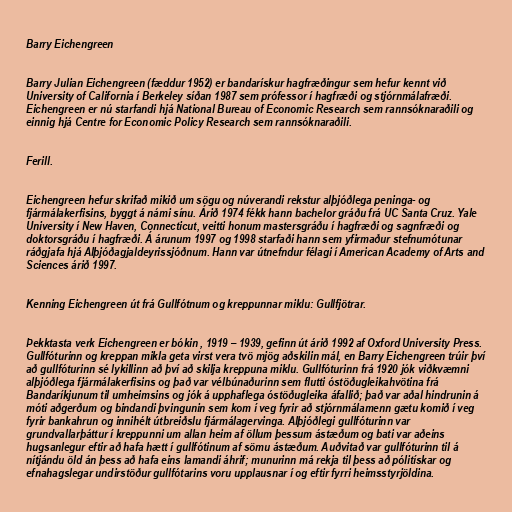
Barry Eichengreen

Barry Julian Eichengreen (fæddur 1952) er bandarískur hagfræðingur sem hefur kennt við
University of California í Berkeley síðan 1987 sem prófessor í hagfræði og stjórnmálafræði.
Eichengreen er nú starfandi hjá National Bureau of Economic Research sem rannsóknaraðili og
einnig hjá Centre for Economic Policy Research sem rannsóknaraðili.

Ferill.

Eichengreen hefur skrifað mikið um sögu og núverandi rekstur alþjóðlega peninga- og
fjármálakerfisins, byggt á námi sínu. Árið 1974 fékk hann bachelor gráðu frá UC Santa Cruz. Yale
University í New Haven, Connecticut, veitti honum mastersgráðu í hagfræði og sagnfræði og
doktorsgráðu í hagfræði. Á árunum 1997 og 1998 starfaði hann sem yfirmaður stefnumótunar
ráðgjafa hjá Alþjóðagjaldeyrissjóðnum. Hann var útnefndur félagi í American Academy of Arts and
Sciences árið 1997.

Kenning Eichengreen út frá Gullfótnum og kreppunnar miklu: Gullfjötrar.

Þekktasta verk Eichengreen er bókin , 1919 – 1939, gefinn út árið 1992 af Oxford University Press.
Gullfóturinn og kreppan mikla geta virst vera tvö mjög aðskilin mál, en Barry Eichengreen trúir því
að gullfóturinn sé lykillinn að því að skilja kreppuna miklu. Gullfóturinn frá 1920 jók viðkvæmni
alþjóðlega fjármálakerfisins og það var vélbúnaðurinn sem flutti óstöðugleikahvötina frá
Bandaríkjunum til umheimsins og jók á upphaflega óstöðugleika áfallið; það var aðal hindrunin á
móti aðgerðum og bindandi þvingunin sem kom í veg fyrir að stjórnmálamenn gætu komið í veg
fyrir bankahrun og innihélt útbreiðslu fjármálagervinga. Alþjóðlegi gullfóturinn var
grundvallarþáttur í kreppunni um allan heim af öllum þessum ástæðum og bati var aðeins
hugsanlegur eftir að hafa hætt í gullfótinum af sömu ástæðum. Auðvitað var gullfóturinn til á
nítjándu öld án þess að hafa eins lamandi áhrif; munurinn má rekja til þess að pólitískar og
efnahagslegar undirstöður gullfótarins voru upplausnar í og ​​eftir fyrri heimsstyrjöldina.